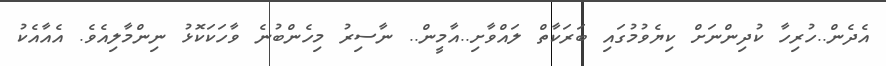
އެދެން..ހުރިހާ ކުދިންނަށް ކިޔެވުމުގައި ބަރަކާތް ލައްވާށި..އާމީން.. ނާސިރު މިހެންބުނެ ވާހަކަކޮޅު ނިންމާލިއެވެ. އެއާއެކު